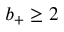
b _ { + } \geq 2